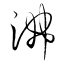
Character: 沸